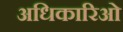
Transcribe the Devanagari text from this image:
अधिकारिओ